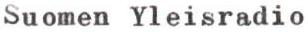
Suomen Yleisradio